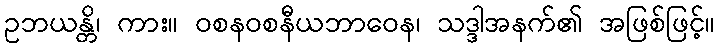
ဥဘယန္တိ၊ ကား။ ဝစနဝစနီယဘာဝေန၊ သဒ္ဒါအနက်၏ အဖြစ်ဖြင့်။